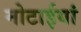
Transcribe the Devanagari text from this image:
मोटाईयां